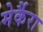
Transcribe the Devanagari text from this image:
मेर्कैरा